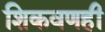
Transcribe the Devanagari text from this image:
शिकवणही